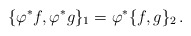
\begin{align*} \{\varphi^*f,\varphi^*g\}_1=\varphi^*\{f,g\}_2\,. \end{align*}